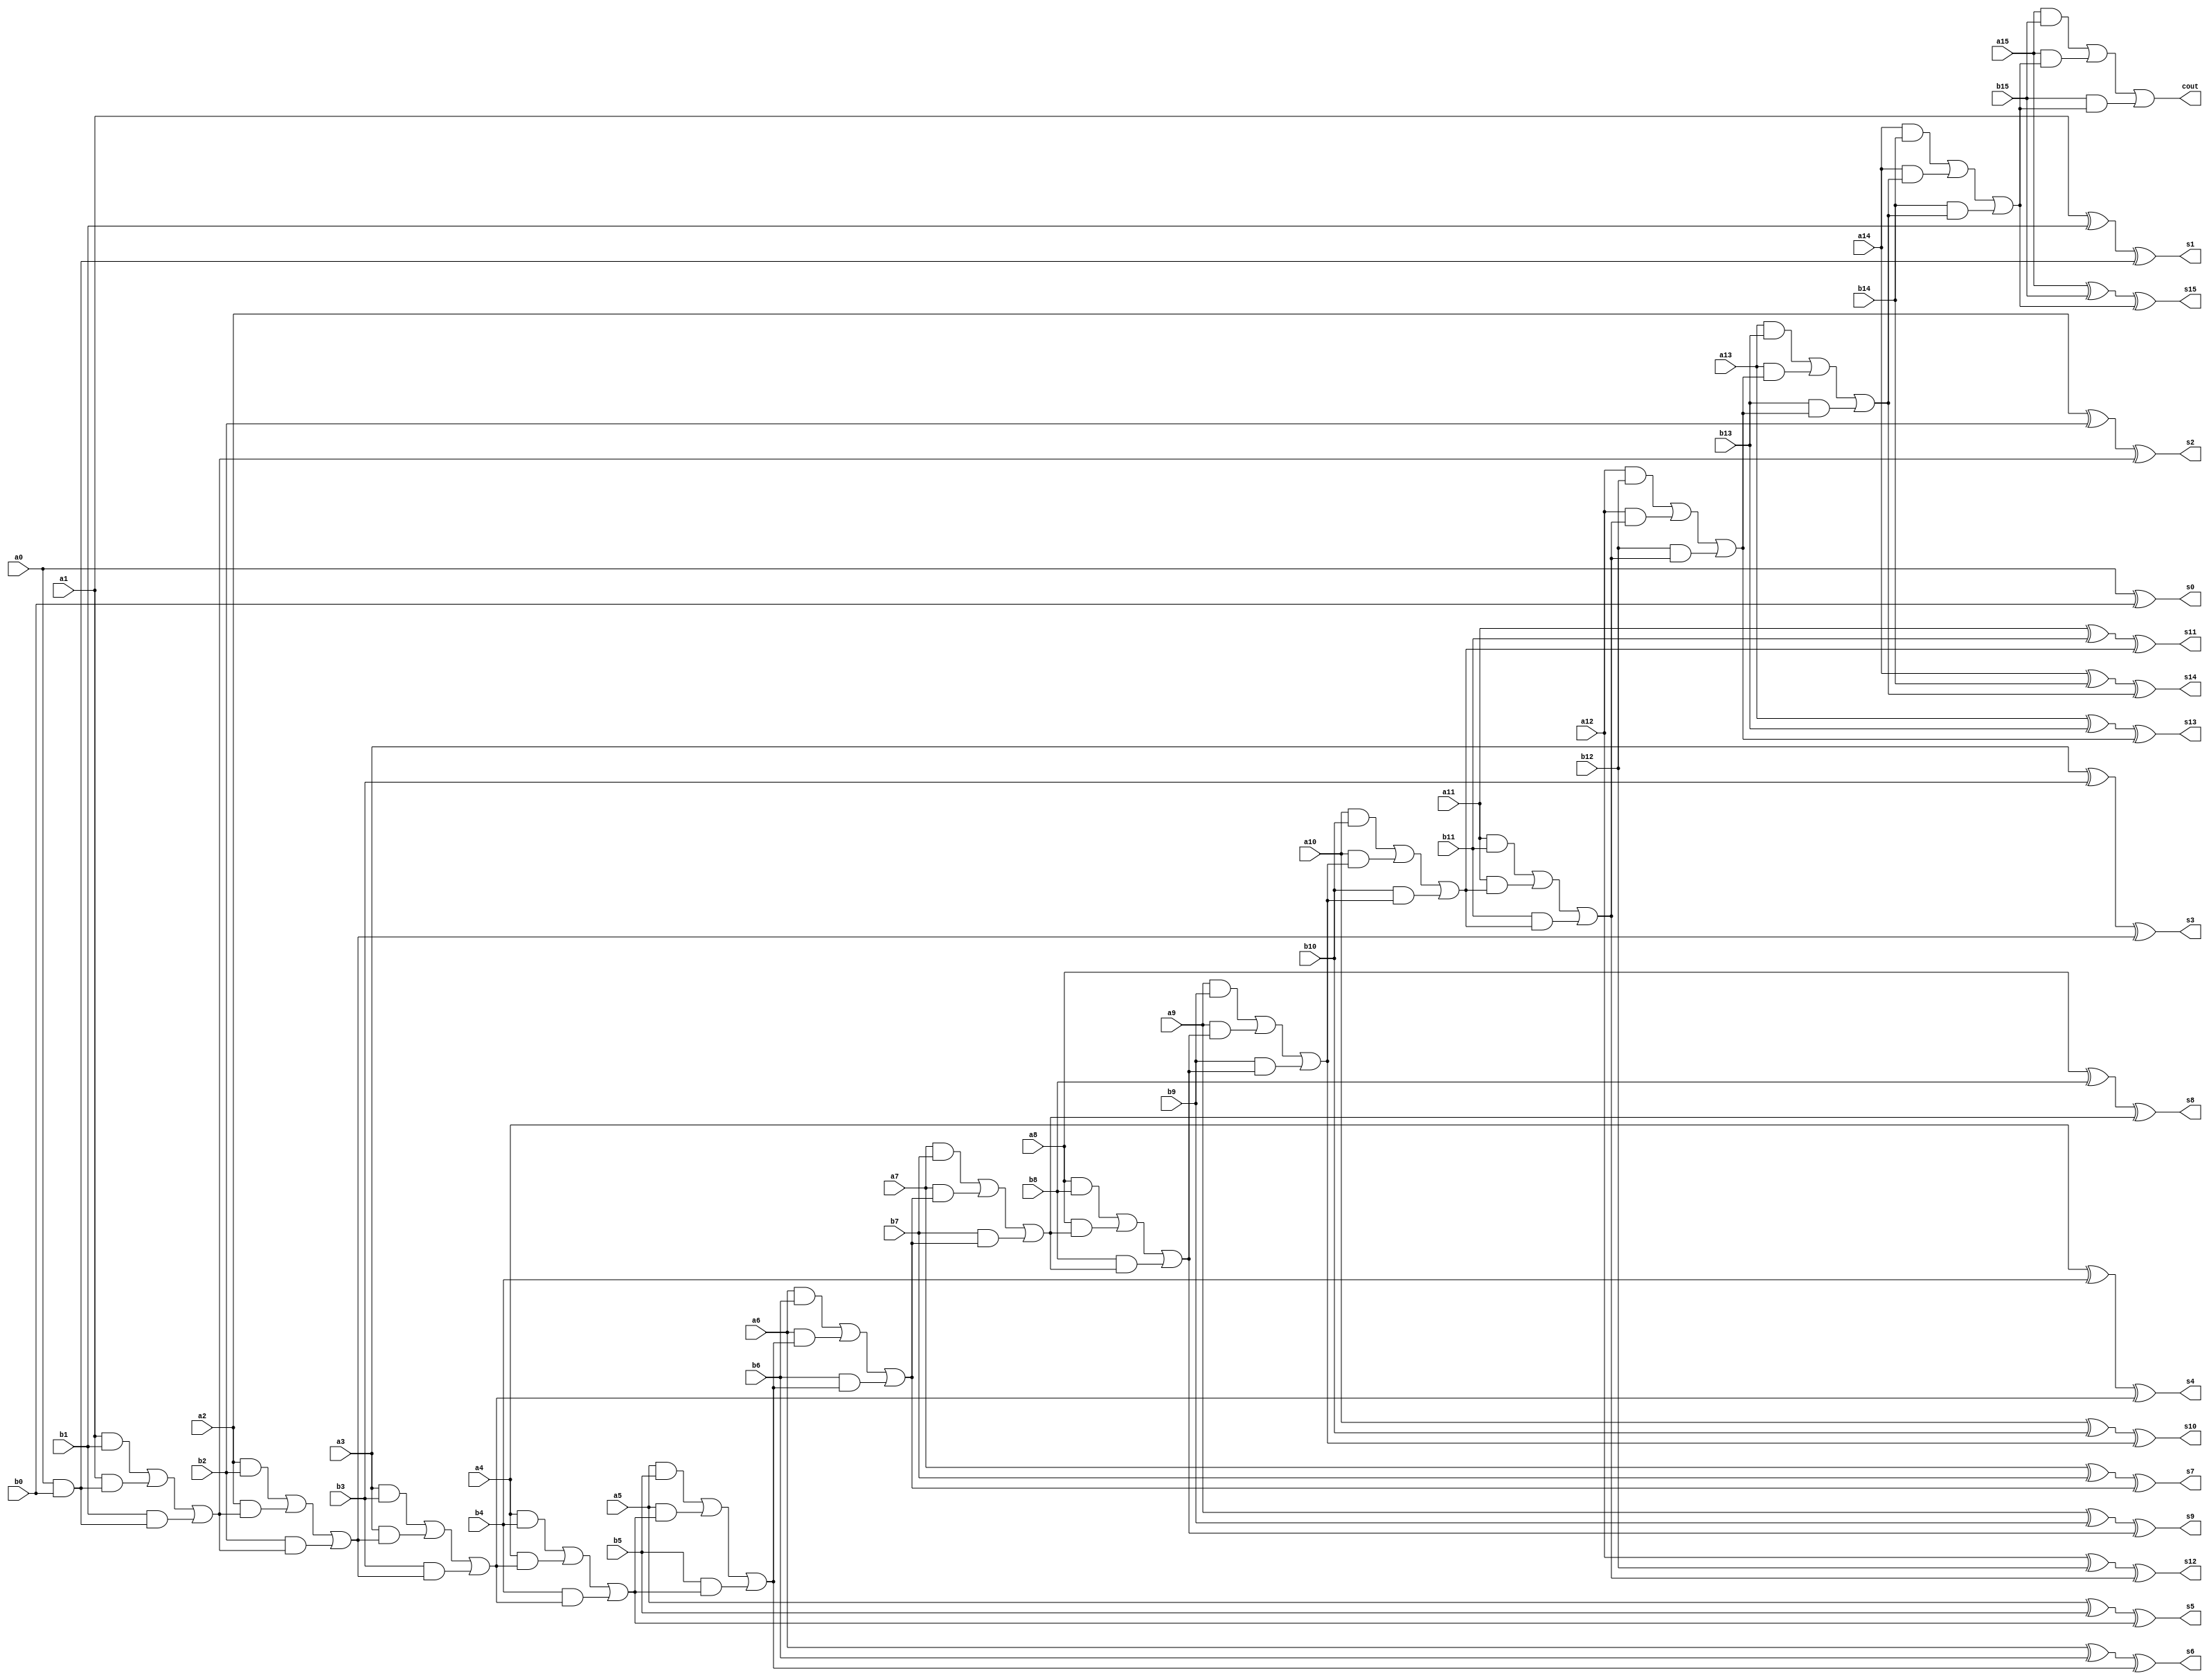
module adder32 (cout,
	s0,s1,s2,s3,s4,s5,s6,s7,s8,s9,s10,s11,s12,s13,s14,s15,
	a0,a1,a2,a3,a4,a5,a6,a7,a8,a9,a10,a11,a12,a13,a14,a15,
	b0,b1,b2,b3,b4,b5,b6,b7,b8,b9,b10,b11,b12,b13,b14,b15);
   
   input a0,a1,a2,a3,a4,a5,a6,a7,a8,a9,a10,a11,a12,a13,a14,a15;
   input b0,b1,b2,b3,b4,b5,b6,b7,b8,b9,b10,b11,b12,b13,b14,b15;
   output s0,s1,s2,s3,s4,s5,s6,s7,s8,s9,s10,s11,s12,s13,s14,s15;
   output cout;         // carry out bit
   wire c1,c2,c3,c4,c5,c6,c7,c8,c9,c10,c11,c12,c13,c14,c15;

assign s0 = a0 ^ b0 ^ 1'b0;
assign c1 = (a0&b0);
assign c2 = (a1&b1)|(a1&c1)|(b1&c1);
assign s1 = a1 ^ b1 ^ c1;
assign c3 = (a2&b2)|(a2&c2)|(b2&c2);

assign s2 = a2 ^ b2 ^ c2;
assign c4 = (a3&b3)|(a3&c3)|(b3&c3);

assign s3 = a3 ^ b3 ^ c3;
assign c5 = (a4&b4)|(a4&c4)|(b4&c4);

assign s4 = a4 ^ b4 ^ c4;
assign c6 = (a5&b5)|(a5&c5)|(b5&c5);

assign s5 = a5 ^ b5 ^ c5;
assign c7 = (a6&b6)|(a6&c6)|(b6&c6);

assign s6 = a6 ^ b6 ^ c6;
assign c8 = (a7&b7)|(a7&c7)|(b7&c7);

assign s7 = a7 ^ b7 ^ c7;
assign c9 = (a8&b8)|(a8&c8)|(b8&c8);

assign s8 = a8 ^ b8 ^ c8;
assign c10 = (a9&b9)|(a9&c9)|(b9&c9);

assign s9 = a9 ^ b9 ^ c9;
assign c11 = (a10&b10)|(a10&c10)|(b10&c10);

assign s10 = a10 ^ b10 ^ c10;
assign c12 = (a11&b11)|(a11&c11)|(b11&c11);

assign s11 = a11 ^ b11 ^ c11;
assign c13 = (a12&b12)|(a12&c12)|(b12&c12);

assign s12 = a12 ^ b12 ^ c12;
assign c14 = (a13&b13)|(a13&c13)|(b13&c13);

assign s13 = a13 ^ b13 ^ c13;
assign c15 = (a14&b14)|(a14&c14)|(b14&c14);

assign s14 = a14 ^ b14 ^ c14;
assign cout = (a15&b15)|(a15&c15)|(b15&c15);

assign s15 = a15 ^ b15 ^ c15;

endmodule